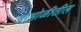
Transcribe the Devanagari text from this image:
दाभोळीतील